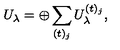
U _ { \lambda } = \oplus \sum _ { ( t ) _ { j } } U _ { \lambda } ^ { ( t ) _ { j } } ,